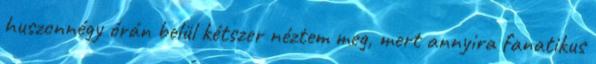
huszonnégy órán belül kétszer néztem meg, mert annyira fanatikus